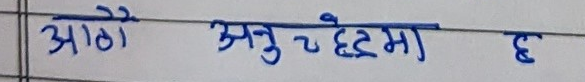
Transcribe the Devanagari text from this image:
आठौ अनुच्छेदमा छ